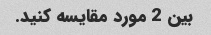
بین 2 مورد مقایسه کنید.